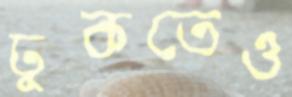
ঢুকতেও